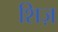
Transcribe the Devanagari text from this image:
शिज़